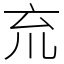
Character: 㐬